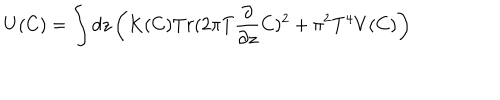
U ( C ) = \int d z \left( K ( C ) T r ( 2 \pi T { \frac { \partial } { \partial z } } C ) ^ { 2 } + \pi ^ { 2 } T ^ { 4 } V ( C ) \right)